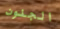
الجنون